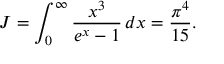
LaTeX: J = \int _ { 0 } ^ { \infty } { \frac { x ^ { 3 } } { e ^ { x } - 1 } } \, d x = { \frac { \pi ^ { 4 } } { 1 5 } } .